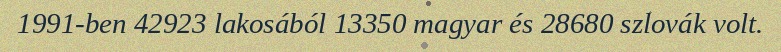
1991-ben 42923 lakosából 13350 magyar és 28680 szlovák volt.